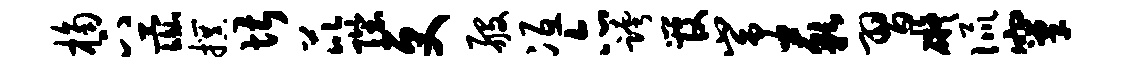
桷下彘撰堪芘陛更般冱亦跨管峥藐习碍侃窠